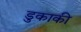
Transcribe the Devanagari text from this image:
डुकाकी